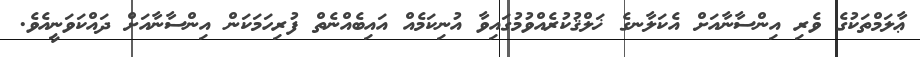
ޢާލަމްތަކުގެ ވެރި އިންސާނާއަށް އެކަލާނގެ ޚަލްޤުކުރެއްވުމުގައިވާ އުނިކަމެއް އައިބެއްނެތް ފުރިހަމަކަން އިންސާނާއަށް ދައްކަވަނީއެވެ.